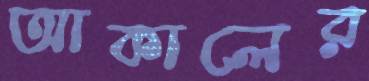
আকালের